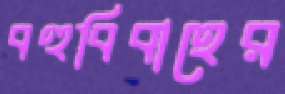
বহুবিবাহের